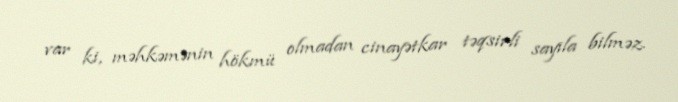
var ki, məhkəmənin hökmü olmadan cinayətkar təqsirli sayıla bilməz.